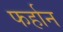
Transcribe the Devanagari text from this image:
फर्हान